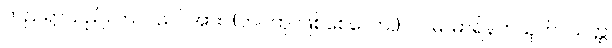
တည်ရာသည်။ တဝ၊ သင်အား။ (ဘဝတု၊ ဖြစ်စေလော။) ပါပိမ၊ မာရ်နတ်ယုတ်။ ယတ္ထ